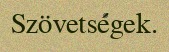
Szövetségek.